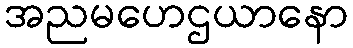
အညမဟေဌယာနော